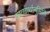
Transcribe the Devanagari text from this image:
काव्यार्थानुमिति